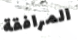
المرافقة